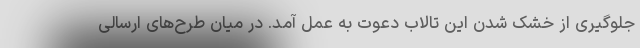
جلوگیری از خشک شدن این تالاب دعوت به عمل آمد. در میان طرح‌های ارسالی